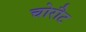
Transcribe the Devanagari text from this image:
चोरौट